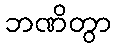
ဘဏိတွာ